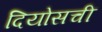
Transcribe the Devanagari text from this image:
दियोसची